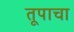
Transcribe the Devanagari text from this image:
तूपाचा